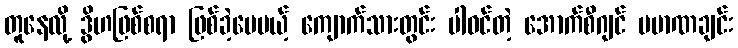
တူနေလို့ ဒွိဟဖြစ်စရာ ဖြစ်ခဲ့ပေမယ့် ကျောက်သားတွင်း ပါဝင်တဲ့ အောက်စီဂျင် ပမာဏချင်း